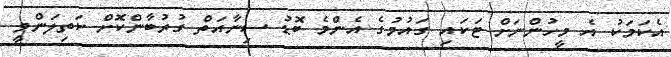
އެކަމަކު އެ މީހުންނަށް ޓަކައި ގައުމުގެ އެންމެ ބޮޑު ސިނާއަތް ގުރުބާންކޮށް ކަތިލަންވީ